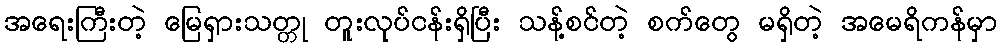
အရေးကြီးတဲ့ မြေရှားသတ္တု တူးလုပ်ငန်းရှိပြီး သန့်စင်တဲ့ စက်တွေ မရှိတဲ့ အမေရိကန်မှာ